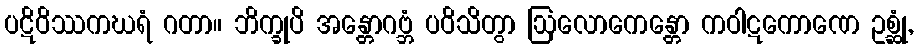
ပဋိဝိဿကဃရံ ဂတာ။ ဘိက္ခုပိ အန္တောဂဗ္ဘံ ပဝိသိတွာ ဩလောကေန္တော ကဝါဋကောဏေ ဥစ္ဆုံ,